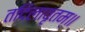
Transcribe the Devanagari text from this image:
तदिलावृतम्॥